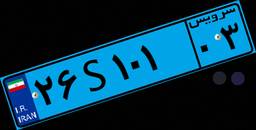
۲۶S۱۰۱۰۳